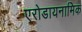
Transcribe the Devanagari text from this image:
एरोडायनामिक